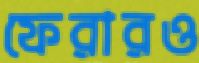
ফেরারও